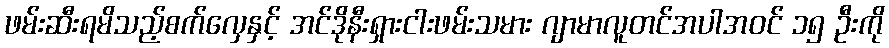
ဖမ်းဆီးရမိသည့်စက်လှေနှင့် အင်ဒိုနီးရှားငါးဖမ်းသမား ဂျာမာလူတင်အပါအဝင် ၁၅ ဦးကို